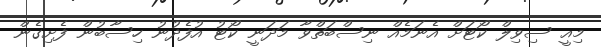
މިއީ ސިވިލް ކޯޓަށް އެނަމެއް ނިސްބަތްވާ މަދަނީ ކޯޓު އުފެދުނު ހިސާބުން ފެށިގެން